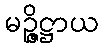
မဉ္ဇိဋ္ဌာယ